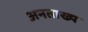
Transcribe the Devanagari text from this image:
अनताख्य